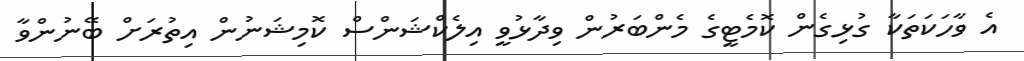
އެ ވާހަކަތަކާ ގުޅިގެން ކޮމެޓީގެ މެންބަރުން ވިދާޅުވީ އިލެކްޝަންސް ކޮމިޝަނުން އިތުރަށް ބޭނުންވާ